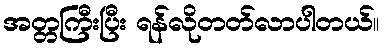
အတ္တကြီးပြီး ရန်လိုတတ်လာပါတယ်။